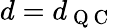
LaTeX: d=d_{\mathrm{~Q~C~}}